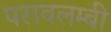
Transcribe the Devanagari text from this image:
परावलम्बी